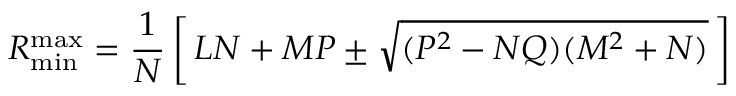
R _ { \mathrm { m i n } } ^ { \mathrm { m a x } } = \frac { 1 } { N } \left[ \, L N + M P \pm \sqrt { ( P ^ { 2 } - N Q ) ( M ^ { 2 } + N ) } \, \right]